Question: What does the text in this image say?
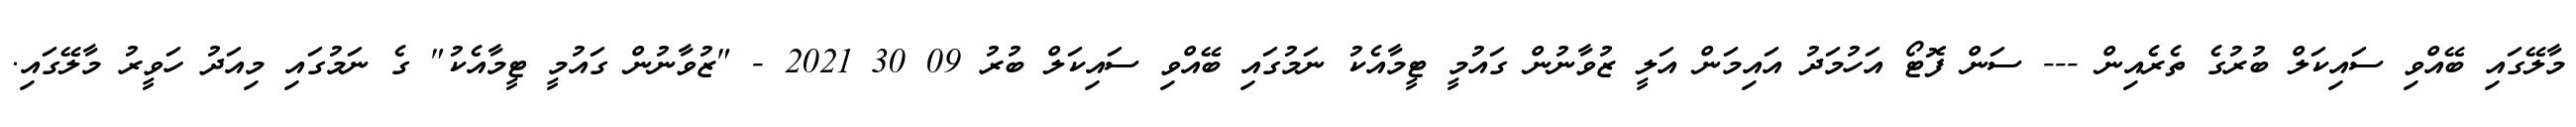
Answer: މާލޭގައި ބޭއްވި ސައިކަލް ބުރުގެ ތެރެއިން --- ސަން ފޮޓޯ އަހުމަދު އައިމަން އަލީ ޒުވާނުން ގައުމީ ޓީމާއެކު ނަމުގައި ބޭއްވި ސައިކަލް ބުރު 09 30 2021 - "ޒުވާނުން ގައުމީ ޓީމާއެކު" ގެ ނަމުގައި މިއަދު ހަވީރު މާލޭގައި.